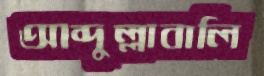
আব্দুল্লাবালি